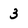
Character: 3